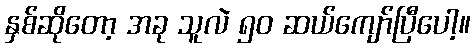
နှစ်ဆိုတော့ အခု သူလဲ ၅၀ ဆယ်ကျော်ပြီပေါ့။